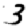
Digit: 3